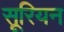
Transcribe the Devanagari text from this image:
सूरियन